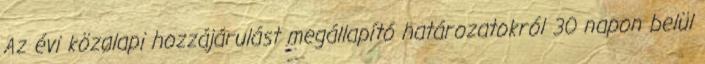
Az évi közalapi hozzájárulást megállapító határozatokról 30 napon belül